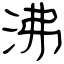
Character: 沸